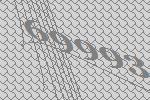
69993